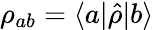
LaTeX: \rho_{ab}=\langle a|\hat{\rho}|b\rangle